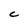
Character: C